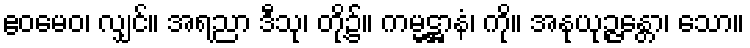
ဧဝမေဝ၊ လျှင်။ အရညာ ဒီသု၊ တို့၌။ ကမ္မဋ္ဌာနံ၊ ကို။ အနုယုဉ္ဇန္တော၊ သော။